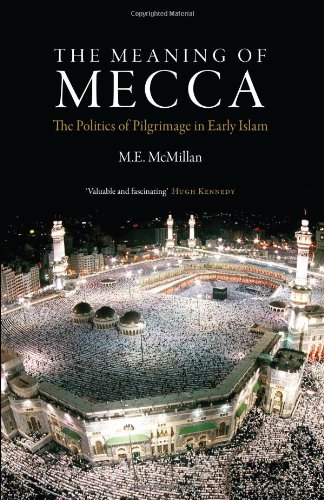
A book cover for The Meaning of Mecca: The Politics of Pilgrimage in Early Islam; M E McMillan; Religion & Spirituality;